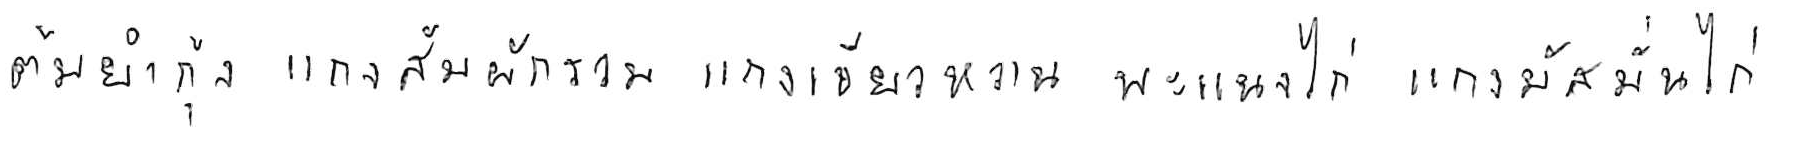
ต้มยำกุ้ง แกงส้มผักรวม แกงเขียวหวาน พะแนงไก่ แกงมัสมั่นไก่